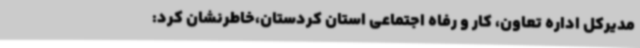
مدیرکل اداره تعاون، کار و رفاه اجتماعی استان کردستان،خاطرنشان کرد: